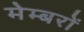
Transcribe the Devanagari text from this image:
मेम्बरों